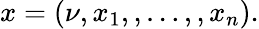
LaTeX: x=(\nu,x_{1},,\dots,,x_{n}).